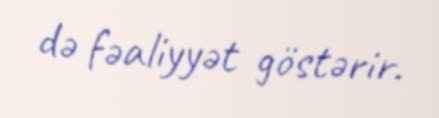
də fəaliyyət göstərir.